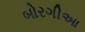
બોરગીઆ